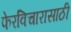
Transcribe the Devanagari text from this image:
फेरविचारासाठी